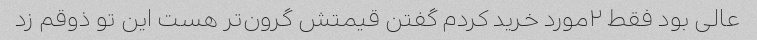
عالی بود فقط ٢مورد خرید کردم گفتن قیمتش گرون‌تر هست این تو ذوقم زد